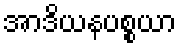
အာဒိယနပစ္စယာ